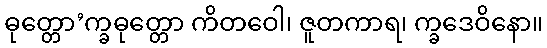
ဓုတ္တော’က္ခဓုတ္တော ကိတဝေါ၊ ဇူတကာရ၊ က္ခဒေဝိနော။